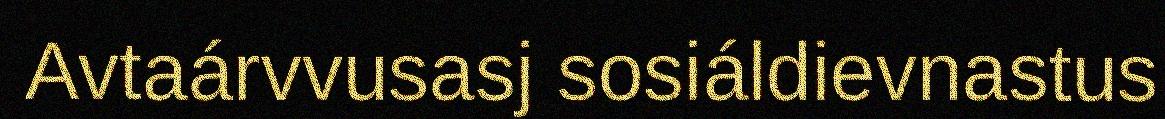
Avtaárvvusasj sosiáldievnastus